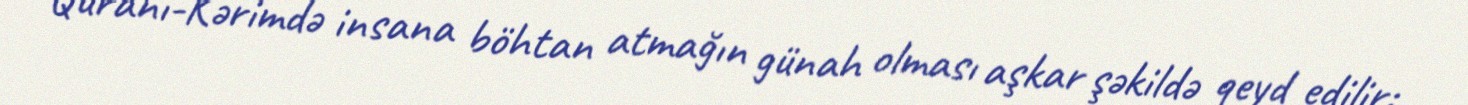
Qurani-Kərimdə insana böhtan atmağın günah olması aşkar şəkildə qeyd edilir: